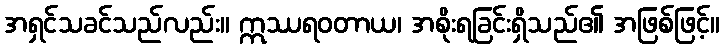
အရှင်သခင်သည်လည်း။ ဣဿရဝတာယ၊ အစိုးရခြင်းရှိသည်၏ အဖြစ်ဖြင့်။